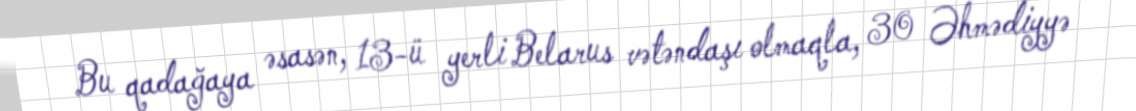
Bu qadağaya əsasən, 13-ü yerli Belarus vətəndaşı olmaqla, 30 Əhmədiyyə